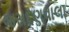
જસદણવાલા